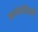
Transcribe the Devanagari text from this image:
कादंबरीलाही